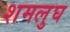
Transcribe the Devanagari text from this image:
शमलुघ